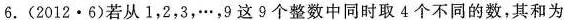
6.(2012·6)若从1，2，3，···，9这9个整数中同时取4个不同的数，其和为